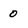
Character: 0